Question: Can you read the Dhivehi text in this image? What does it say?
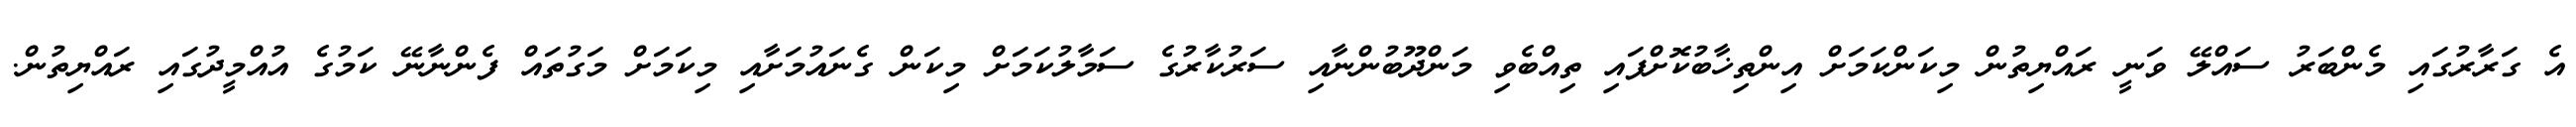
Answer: އެ ގަރާރުގައި މެންބަރު ސައްލޭ ވަނީ ރައްޔިތުން މިކަންކަމަށް އިންތިޚާބުކޮށްފައި ތިއްބެވި މަންދޫބުންނާއި ސަރުކާރުގެ ސަމާލުކަމަށް މިކަން ގެނައުމަށާއި މިކަމަށް މަގުތައް ފެންނާނޭ ކަމުގެ އުއްމީދުގައި ރައްޔިތުން.